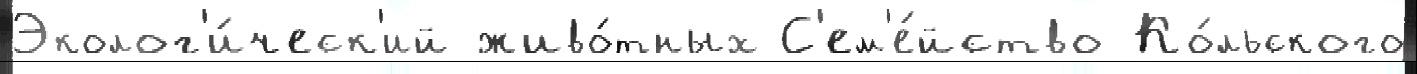
Эколог'и́ческ'ий живо́тных С'ем'е́йство Ко́льского